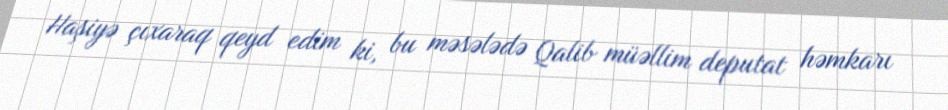
Haşiyə çıxaraq qeyd edim ki, bu məsələdə Qalib müəllim deputat həmkarı